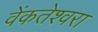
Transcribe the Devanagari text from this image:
वेंकतेश्वरा